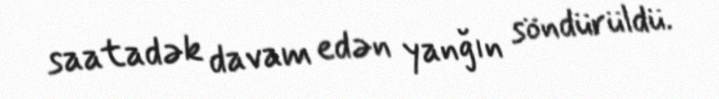
saatadək davam edən yanğın söndürüldü.